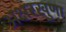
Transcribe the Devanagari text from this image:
अक्षरखुणा